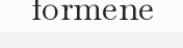
formene